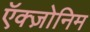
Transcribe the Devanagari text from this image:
ऍक्ज़ोनिम